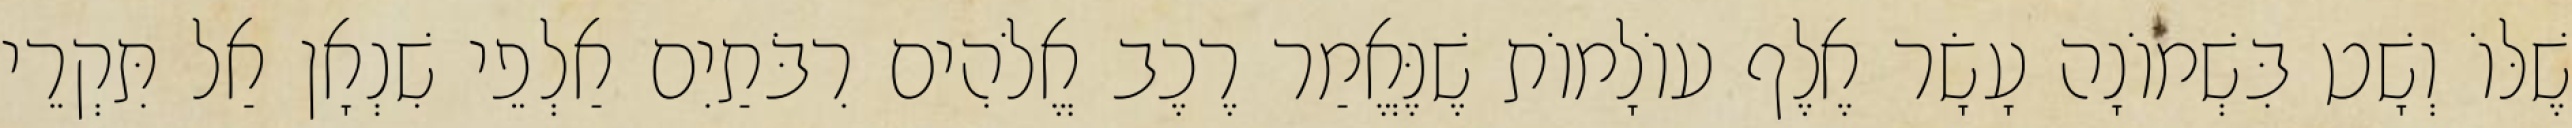
שֶׁלּוֹ וְשָׁט בִּשְׁמוֹנָה עָשָׂר אֶלֶף עוֹלָמוֹת שֶׁנֶּאֱמַר רֶכֶב אֱלֹהִים רִבֹּתַיִם אַלְפֵי שִׁנְאָן אַל תִּקְרֵי